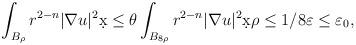
LaTeX: \begin{align*}\int_{B_{\rho}} r^{2-n} |\nabla u|^2 \d x &\leq \theta \int_{B_{8\rho}} r^{2-n} |\nabla u|^2 \d x \rho \leq 1/8 \varepsilon \leq \varepsilon_0,\end{align*}